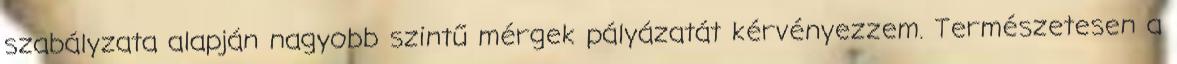
szabályzata alapján nagyobb szintű mérgek pályázatát kérvényezzem. Természetesen a